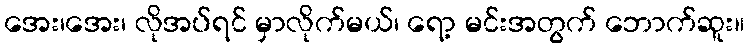
အေး၊အေး၊ လိုအပ်ရင် မှာလိုက်မယ်၊ ရော့ မင်းအတွက် ဘောက်ဆူး။